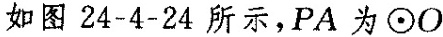
如图24-4-24所示，PA为⊙O